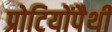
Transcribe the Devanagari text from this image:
प्रोटियोंपैथी